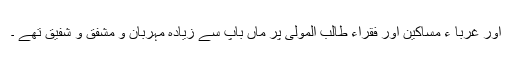
اور غربا ء مساکین اور فقراء طالب المولیٰ پر ماں باپ سے زیادہ مہربان و مشفق و شفیق تھے ۔